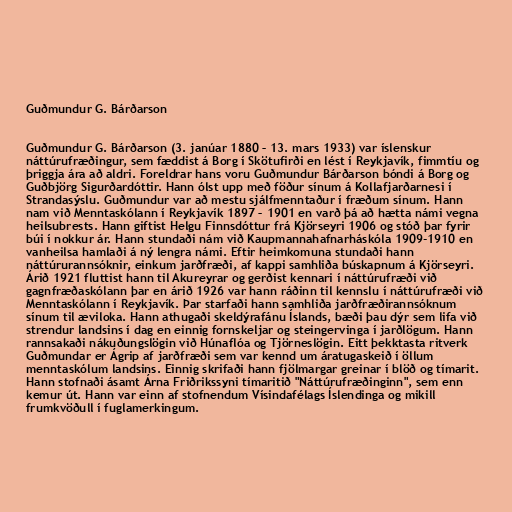
Guðmundur G. Bárðarson

Guðmundur G. Bárðarson (3. janúar 1880 – 13. mars 1933) var íslenskur
náttúrufræðingur, sem fæddist á Borg í Skötufirði en lést í Reykjavík, fimmtíu og
þriggja ára að aldri. Foreldrar hans voru Guðmundur Bárðarson bóndi á Borg og
Guðbjörg Sigurðardóttir. Hann ólst upp með föður sínum á Kollafjarðarnesi í
Strandasýslu. Guðmundur var að mestu sjálfmenntaður í fræðum sínum. Hann
nam við Menntaskólann í Reykjavík 1897 – 1901 en varð þá að hætta námi vegna
heilsubrests. Hann giftist Helgu Finnsdóttur frá Kjörseyri 1906 og stóð þar fyrir
búi í nokkur ár. Hann stundaði nám við Kaupmannahafnarháskóla 1909-1910 en
vanheilsa hamlaði á ný lengra námi. Eftir heimkomuna stundaði hann
náttúrurannsóknir, einkum jarðfræði, af kappi samhliða búskapnum á Kjörseyri.
Árið 1921 fluttist hann til Akureyrar og gerðist kennari í náttúrufræði við
gagnfræðaskólann þar en árið 1926 var hann ráðinn til kennslu í náttúrufræði við
Menntaskólann í Reykjavík. Þar starfaði hann samhliða jarðfræðirannsóknum
sínum til æviloka. Hann athugaði skeldýrafánu Íslands, bæði þau dýr sem lifa við
strendur landsins í dag en einnig fornskeljar og steingervinga í jarðlögum. Hann
rannsakaði nákuðungslögin við Húnaflóa og Tjörneslögin. Eitt þekktasta ritverk
Guðmundar er Ágrip af jarðfræði sem var kennd um áratugaskeið í öllum
menntaskólum landsins. Einnig skrifaði hann fjölmargar greinar í blöð og tímarit.
Hann stofnaði ásamt Árna Friðrikssyni tímaritið "Náttúrufræðinginn", sem enn
kemur út. Hann var einn af stofnendum Vísindafélags Íslendinga og mikill
frumkvöðull í fuglamerkingum.